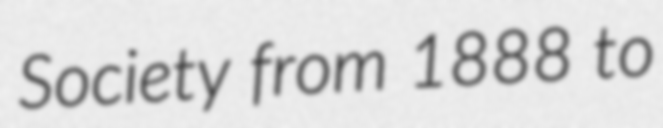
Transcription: Society from 1888 to